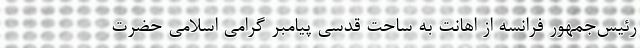
رئیس‌جمهور فرانسه از اهانت به ساحت قدسی پیامبر گرامی اسلامی حضرت